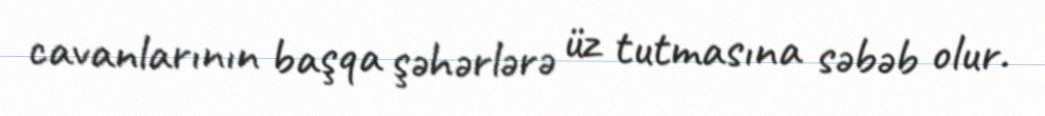
cavanlarının başqa şəhərlərə üz tutmasına səbəb olur.